Report on the cultivation and use of ganja
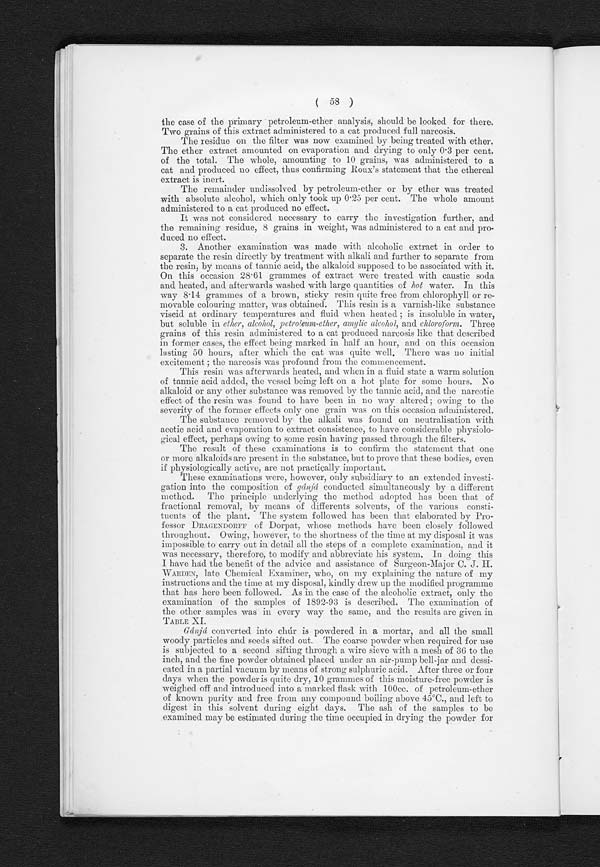
( 58 )
the case of the primary petroleum-ether analysis, should be looked for there.
Two grains of this extract administered to a cat produced full narcosis.
The residue on the filter was now examined by being treated with ether.
The ether extract amounted on evaporation and drying to only 0.3 per cent.
of the total. The whole, amounting to 10 grains, was administered to a
cat and produced no effect, thus confirming Roux's statement that the ethereal
extract is inert.
The remainder undissolved by petroleum-ether or by ether was treated
with absolute alcohol, which only took up 0.25 per cent. The whole amount
administered to a cat produced no effect.
It was not considered necessary to carry the investigation further, and
the remaining residue, 8 grains in weight, was administered to a cat and pro-
duced no effect.
3
. Another examination was made with alcoholic extract in order to
separate the resin directly by treatment with alkali and further to separate from
the resin, by means of tannic acid, the alkaloid supposed to be associated with it.
On this occasion 28.61 grammes of extract were treated with caustic soda
and heated, and afterwards washed with large quantities of hot water. In this
way 8.14 grammes of a brown, sticky resin quite free from chlorophyll or re-
movable colouring matter, was obtained. This resin is a varnish-like substance
viscid at ordinary temperatures and fluid when heated; is insoluble in water,
but soluble in ether, alcohol, petroleum-ether, amylic alcohol, and chloroform. Three
grains of this resin administered to a cat produced narcosis like that described
in former cases, the effect being marked in half an hour, and on this occasion
lasting 50 hours, after which the cat was quite well. There was no initial
e x c i t e me n t ; t h e n a r c o s i s wa s p r o f o u n d f r o m t h e c o mme n c e me n t .
This resin was afterwards heated, and when in a fluid state a warm solution
of tannic acid added, the vessel being left on a hot plate for some hours. No
alkaloid or any other substance was removed by the tannic acid, and the narcotic
effect of th
e resin was found to have been in no way altered; owing to the
severity of the former effects only one grain was on this occasion administered.
The substance removed by the alkali was found on neutralisation with
acetic acid and evaporation to extract consistence, to have considerable physiolo-
gical effect, perhaps owing to some resin having passed through the filters.
The result of these examinations is to confirm the statement that one
or more alkaloids are present in the substance, but to prove that these bodies, even
if physiologically active, are not practically important.
These examinations were, however, only subsidiary to an extended investi-
gation into the composition of gánjá conducted simultaneously by a different
m
ethod. The principle underlying the method adopted has been that of
fractional removal, by means of differents solvents, of the various consti-
tuents of the plant. The system followed has been that elaborated by Pro-
fessor DRAGENDORFF of Dorpat, whose methods have been closely followed
throughout. Owing, however, to the shortness of the time at my disposal it was
impossible to carry out in detail all the steps of a complete examination, and it
was necessary, therefore, to modify and abbreviate his system. In doing this
I have had the benefit of the advice and assistance of Sur geon-Major C. J. H.
WARDEN, late Chemical Examiner, who, on my explaining the nature of my
instructions and the time at my disposal, kindly drew up the modified programme
that has here been followed. As in the case of the alcoholic extract, only the
examination of the samples of 1892-93 is described. The examination of
the other samples was in every way the same, and the results are given in
TABLE XI.
Gánjá converted. into chúr is powdered in a mortar, and all the small
woody particles and seeds sifted out. The coarse powder when required for use
is subjected to a second sifting through a wire sieve with a mesh of 36 to the
inch, and the fine powder obtained placed under an air-pump bell-jar and dessi- e
ated in a partial vacuum by means of strong sulphuric acid. After three or four
days when the powder is quite dry, 10 grammes of this moisture-free powder is
weighed off and introduced into a marked flask with 100cc. of petroleum-ether
of known purity and free from any compound boiling above 45°C., and left to
digest in this solvent during eight days. The ash of the samples to be
examined may be estimated during the time occupied in drying the powder for